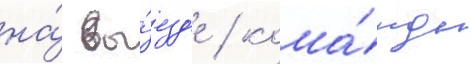
на́ вы́езд'е / кома́нды